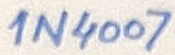
Text: 1N4007